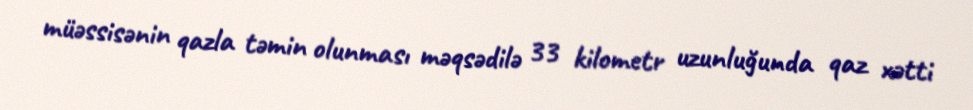
müəssisənin qazla təmin olunması məqsədilə 33 kilometr uzunluğunda qaz xətti